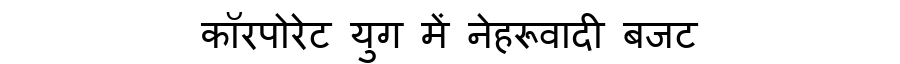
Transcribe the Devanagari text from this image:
कॉरपोरेट युग में नेहरूवादी बजट